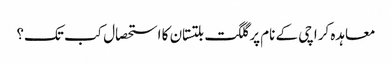
معاہدہ کراچی کے نام پر گلگت بلتستان کا استحصال کب تک؟